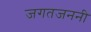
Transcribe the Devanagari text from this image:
जगतजननी